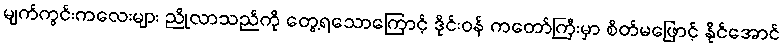
မျက်ကွင်းကလေးများ ညိုလာသည်ကို တွေ့ရသောကြောင့် ဒိုင်းဝန် ကတော်ကြီးမှာ စိတ်မဖြောင့် နိုင်အောင်